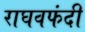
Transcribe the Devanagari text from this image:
राघवफंदी